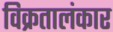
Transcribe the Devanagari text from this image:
विक्रतालंकार